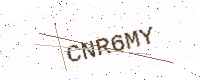
Text: CNR6MY